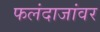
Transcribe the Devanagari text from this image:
फलंदाजांवर